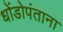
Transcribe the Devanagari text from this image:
धोंडोपंताना